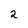
Character: 2